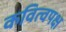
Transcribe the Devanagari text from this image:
कवित्वपक्ष